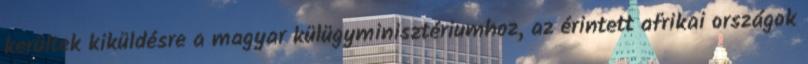
kerültek kiküldésre a magyar külügyminisztériumhoz, az érintett afrikai országok